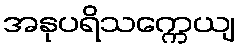
အနုပရိသက္ကေယျ